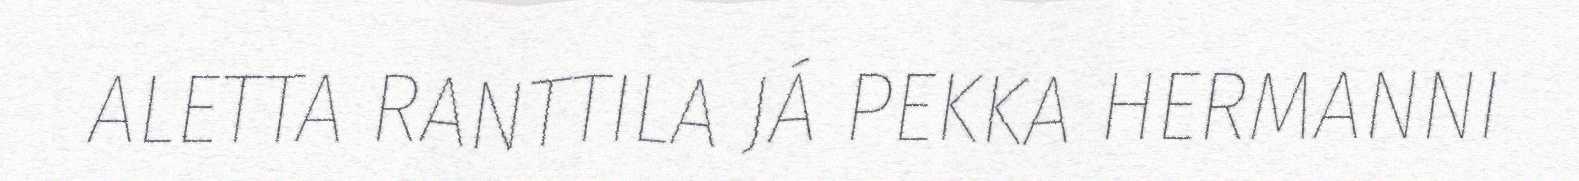
ALETTA RANTTILA JÁ PEKKA HERMANNI